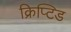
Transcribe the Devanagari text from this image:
क्रिप्टिड